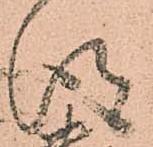
得